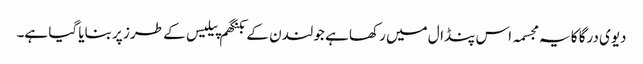
دیوی درگا کا یہ مجسمہ اس پنڈال میں رکھا ہے جو لندن کے بکنگھم پیلیس کے طرز پر بنایا گیا ہے۔